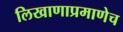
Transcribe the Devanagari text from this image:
लिखाणाप्रमाणेच